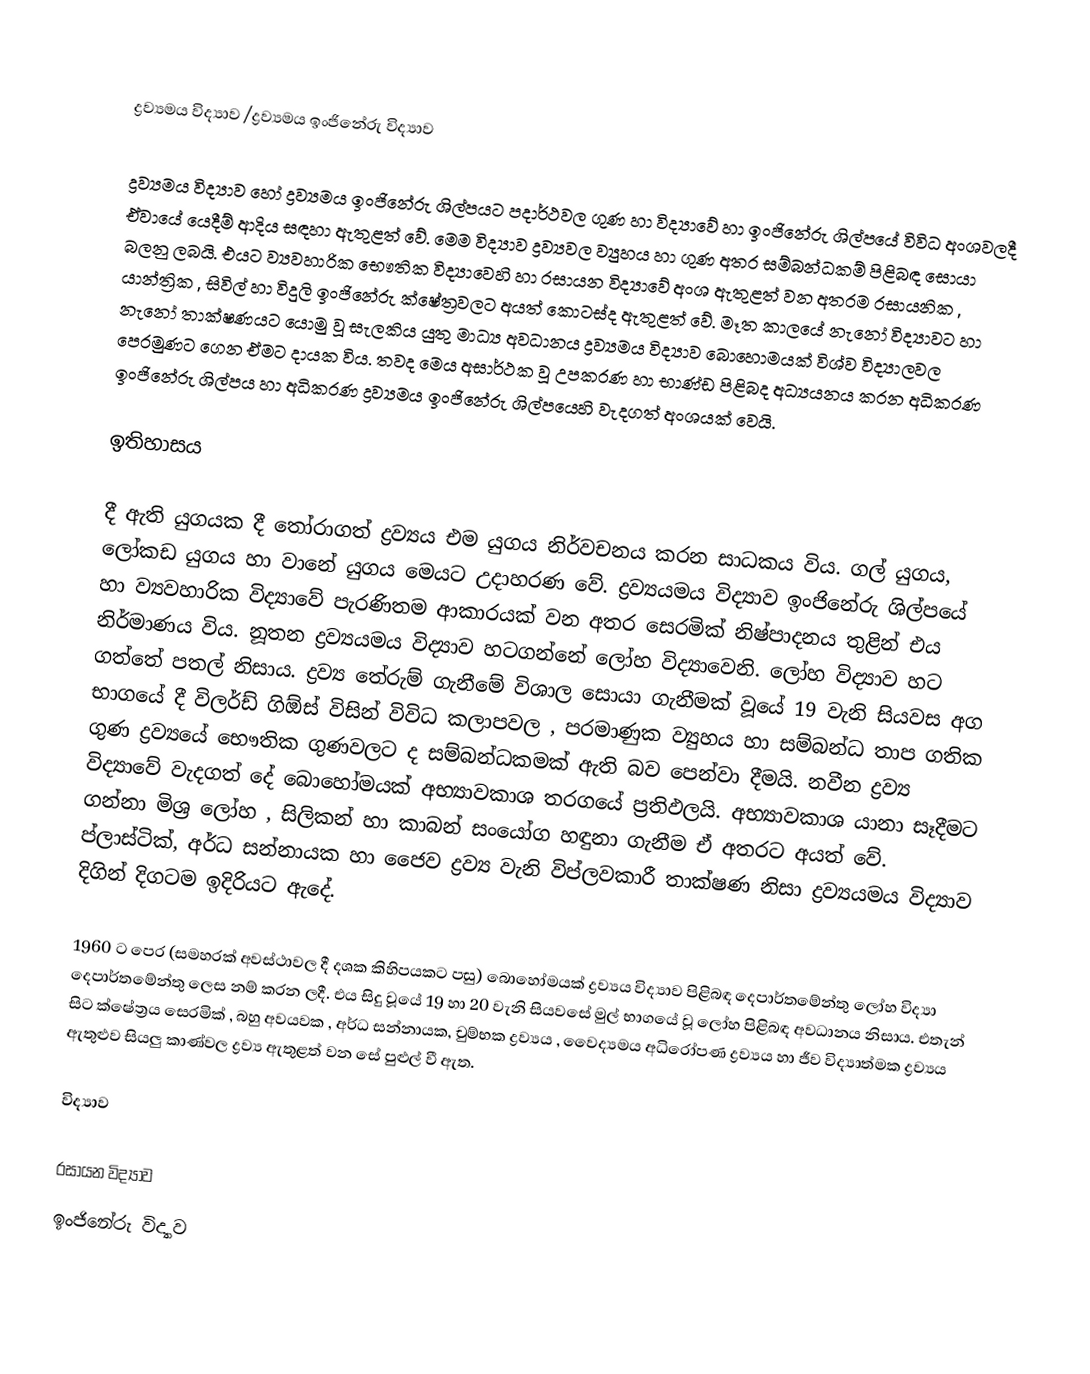

ද්‍රව්‍යමය විද්‍යාව /ද්‍රව්‍යමය ඉංජිනේරු විද්‍යාව

ද්‍රව්‍යමය විද්‍යාව හෝ ද්‍රව්‍යමය ඉංජිනේරු ශිල්පයට පදාර්ථවල ගුණ හා විද්‍යාවේ හා ඉංජිනේරු ශිල්පයේ විවිධ අංශවලදී ඒවායේ යෙදීම් ආදිය සඳහා ඇතුළත් වේ. මෙම විද්‍යාව ද්‍රව්‍යවල ව්‍යුහය හා ගුණ අතර සම්බන්ධකම් පිළිබඳ සොයා බලනු ලබයි. එයට ව්‍යවහාරික භෞතික විද්‍යාවෙහි හා රසායන විද්‍යාවේ අංශ ඇතුළත් වන අතරම රසායනික , යාන්ත්‍රික , සිවිල් හා විදුලි ඉංජිනේරු ‍ක්ෂේත්‍රවලට අයත් කොටස්ද ඇතුළත් වේ. මෑත කාලයේ නැනෝ විද්‍යාවට හා නැනෝ තාක්ෂණයට යොමු වූ සැලකිය යුතු මාධ්‍ය අවධානය ද්‍රව්‍යමය විද්‍යාව බොහොමයක් විශ්ව විද්‍යාලවල පෙරමුණට ගෙන ඒමට දායක විය. තවද මෙය අසාර්ථක වූ උපකරණ හා භාණ්ඩ පිළිබද අධ්‍යයනය කරන අධිකරණ ඉංජිනේරු ශිල්පය හා අධිකරණ ද්‍රව්‍යමය ඉංජිනේරු ශිල්පයෙහි වැදගත් අංශයක් වෙයි.

ඉතිහාසය

දී ඇති යුගයක දී තෝරාගත් ද්‍රව්‍යය එම යුගය නිර්වචනය කරන සාධකය විය. ගල් යුගය, ලෝකඩ යුගය හා වානේ යුගය මෙයට උදාහරණ වේ. ද්‍රව්‍යයමය විද්‍යාව ඉංජිනේරු ශිල්පයේ හා ව්‍යවහාරික විද්‍යාවේ පැරණිතම ආකාරයක් වන අතර සෙරමික් නිෂ්පාදනය තුළින් එය නිර්මාණය විය. නූතන ද්‍රව්‍යයමය විද්‍යාව හටගන්නේ ලෝහ විද්‍යාවෙනි. ලෝහ විද්‍යාව හට ගත්තේ පතල් නිසාය. ද්‍රව්‍ය තේරුම් ගැනීමේ විශාල සොයා ගැනීමක් වූයේ 19 වැනි සියවස අග භාගයේ දී විලර්ඩ් ගිඕස් විසින් විවිධ කලාපවල , පරමාණුක ව්‍යුහය හා සම්බන්ධ තාප ගතික ගුණ ද්‍රව්‍යයේ භෞතික ගුණවලට ද සම්බන්ධකමක් ඇති බව පෙන්වා දීමයි. නවීන ද්‍රව්‍ය විද්‍යාවේ වැදගත් දේ බොහෝමයක් අභ්‍යාවකාශ තරගයේ ප්‍රතිඵලයි. අභ්‍යාවකාශ යානා සෑදීමට ගන්නා මිශ්‍ර ලෝහ , සිලිකන් හා කාබන් සංයෝග හඳුනා ගැනීම ඒ අතරට අයත් වේ. ප්ලාස්ටික්, අර්ධ සන්නායක හා ජෛව ද්‍රව්‍ය වැනි විප්ලවකාරී තාක්ෂණ නිසා ද්‍රව්‍යයමය විද්‍යාව දිගින් දිගටම ඉදිරියට ඇදේ.

1960 ට පෙර (සමහරක් අවස්ථාවල දී දශක කිහිපයකට පසු) බොහෝමයක් ද්‍රව්‍යය විද්‍යාව පිළිබඳ දෙපාර්තමේන්තු ලෝහ විද්‍යා දෙපාර්තමේන්තු ලෙස නම් කරන ලදී. එය සිදු වූයේ 19 හා 20 වැනි සියවසේ මුල් භාගයේ වූ ලෝහ පිළිබඳ අවධානය නිසාය. එතැන් සිට ක්ෂේත්‍රය සෙරමික් , බහු අවයවක , අර්ධ සන්නායක, චුම්භක ද්‍රව්‍යය , වෛද්‍යමය අධිරෝපණ ද්‍රව්‍යය හා ජීව විද්‍යාත්මක ද්‍රව්‍යය ඇතුළුව සියලු කාණ්වල ද්‍රව්‍ය ඇතුළත් වන සේ පුළුල් වී ඇත.

විද්‍යාව

රසායන විද්‍යාව
ඉංජිනේරු විද්‍යාව